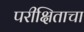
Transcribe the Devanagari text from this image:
परीक्षिताचा